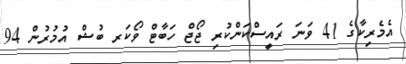
އެމެރިކާގެ 41 ވަނަ ރައީސްކަންކުރި ޖޯޖް ހަބާޓް ވޯކަރ ބުޝް އުމުރުން 94